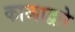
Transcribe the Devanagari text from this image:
काव्याद्वारे